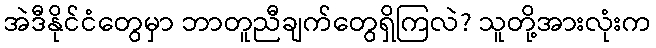
အဲဒီနိုင်ငံတွေမှာ ဘာတူညီချက်တွေရှိကြလဲ? သူတို့အားလုံးက